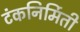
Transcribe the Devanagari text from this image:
टंकनिर्मिती